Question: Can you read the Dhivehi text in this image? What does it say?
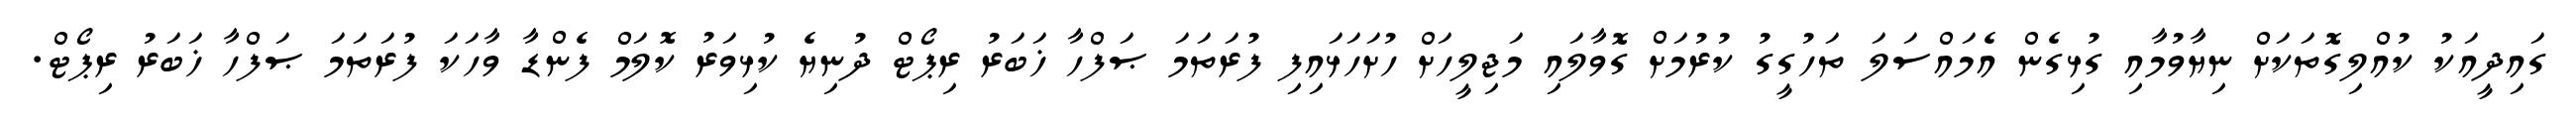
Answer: ގައިދީއަކު ކުއްލިގޮތަކަށް ނިޔާވުމާއި ގުޅިގެން އެމައްސަލަ ތަހުގީގު ކުރުމަށް ގޮވާލައި މަޖިލީހަށް ހުށަހަޅައިފި ފުރަތަމަ ޞަފްހާ ޚަބަރު ރިޕޯޓް ދުނިޔެ ކުޅިވަރު ކޮލަމް ފެންޑާ ވާހަކަ ފުރަތަމަ ޞަފްހާ ޚަބަރު ރިޕޯޓް.